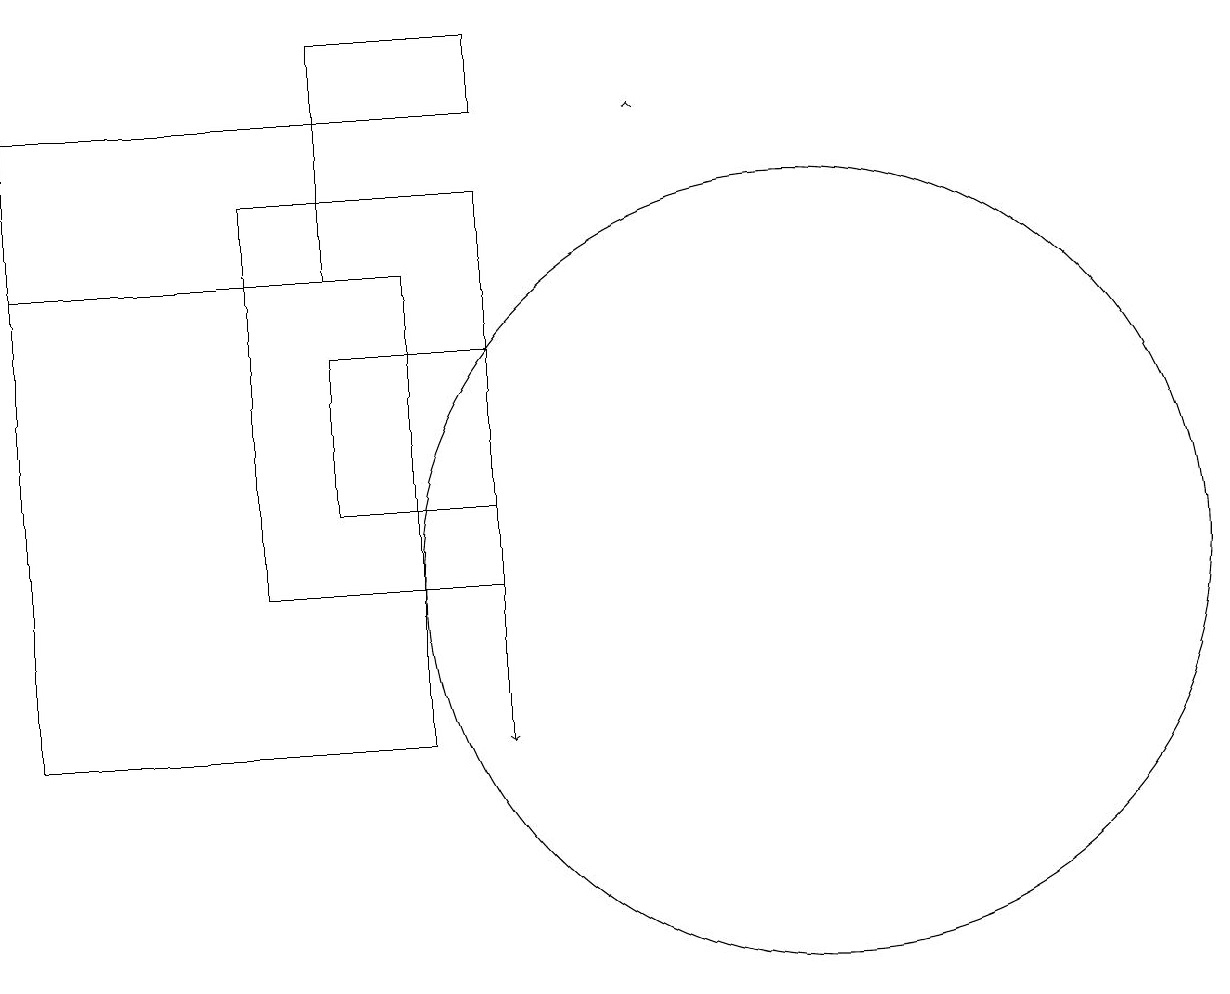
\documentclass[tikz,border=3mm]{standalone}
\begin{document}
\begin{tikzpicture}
\draw (6,18) rectangle (4,19);
\draw (6,17) rectangle (3,12);
\draw[->] (6,14) -- (6,10);
\draw (4,18) rectangle (0,16);
\draw (0,10) rectangle (5,16);
\draw[->] (8,18) -- (8,18);
\draw (10,12) circle (5);
\draw (6,15) rectangle (4,13);
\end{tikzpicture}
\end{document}